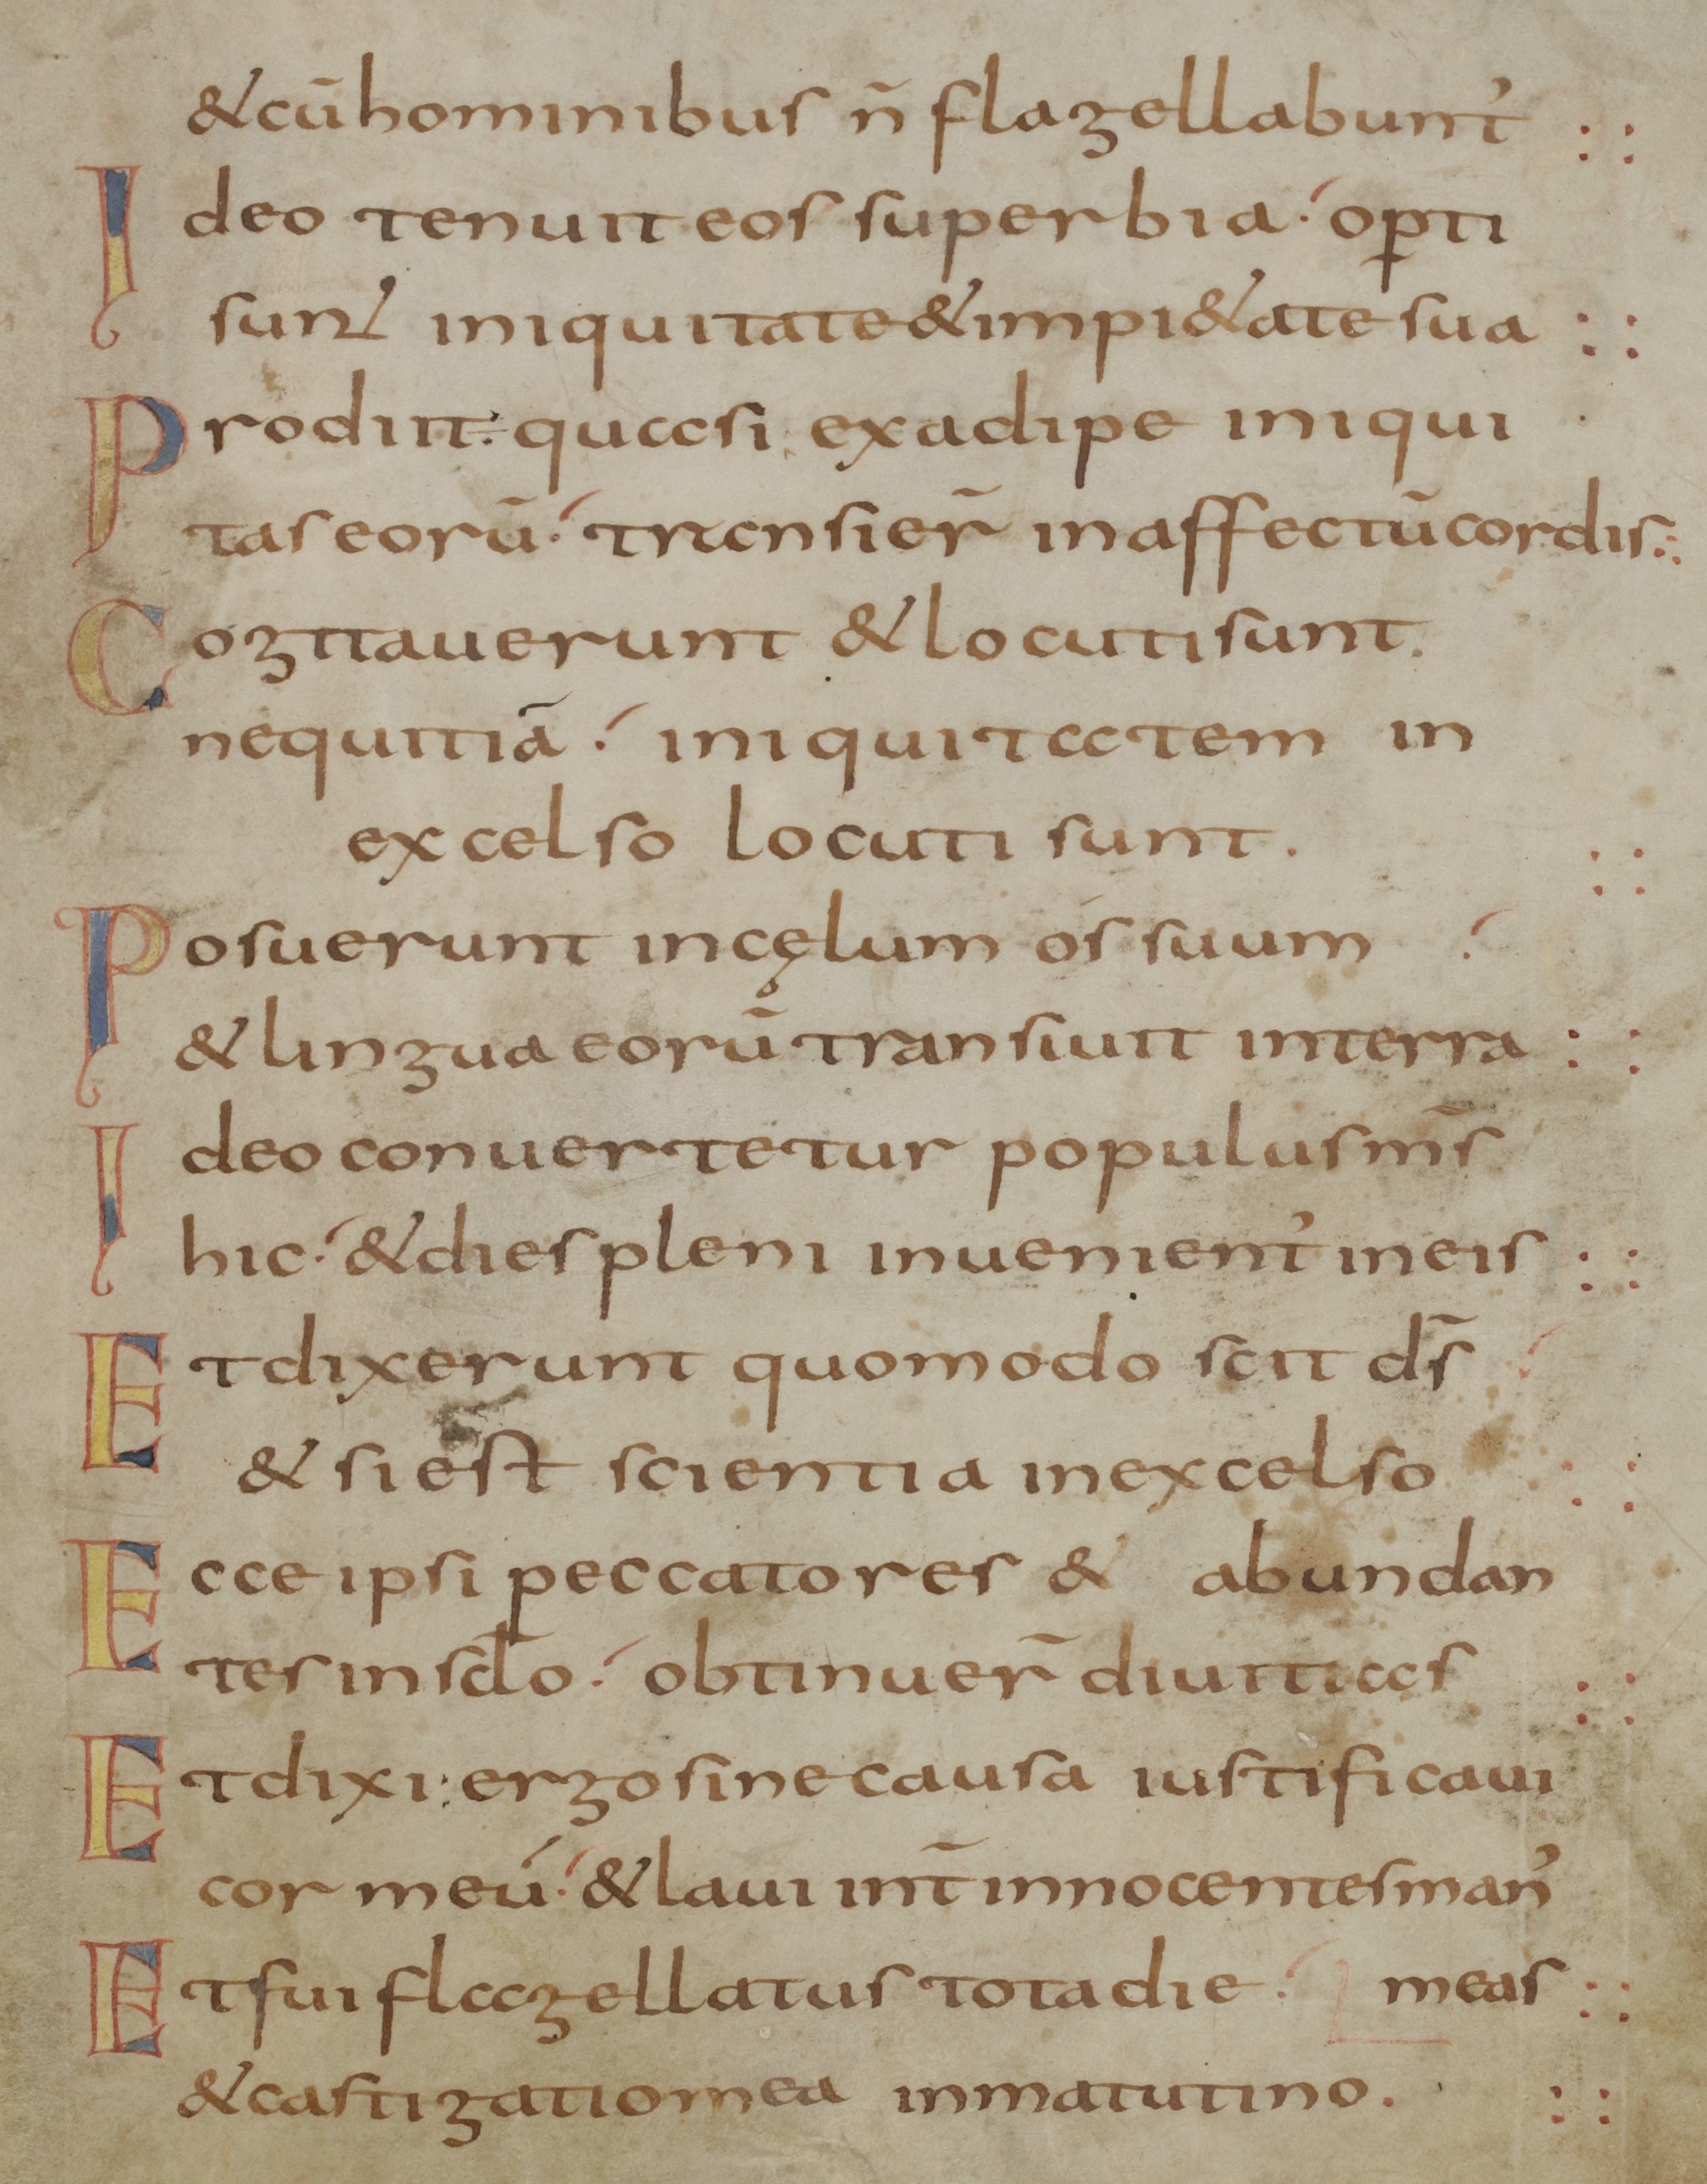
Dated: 800–845